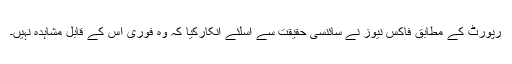
رپورٹ کے مطابق فاکس نیوز نے سائنسی حقیقت سے اسلئے انکارکیا کہ وہ فوری اس کے قابل مشاہدہ نہیں۔